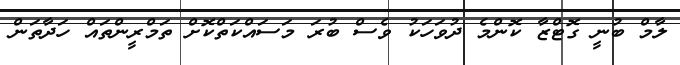
ލާމް ބުނީ ގޮޓްޒާ ކޮންމެ ދުވަހަކު ވެސް ބުރަ މަސައްކަތްކޮށް ތަމްރީންތައް ހަދާތަން